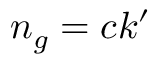
n _ { g } = c k ^ { \prime }